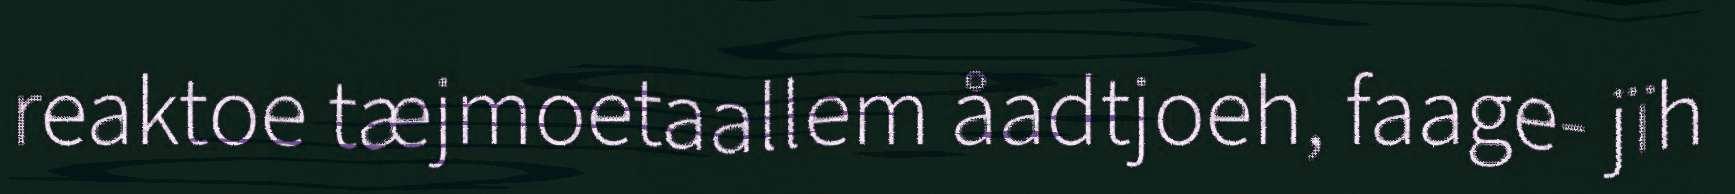
reaktoe tæjmoetaallem åadtjoeh, faage- jïh